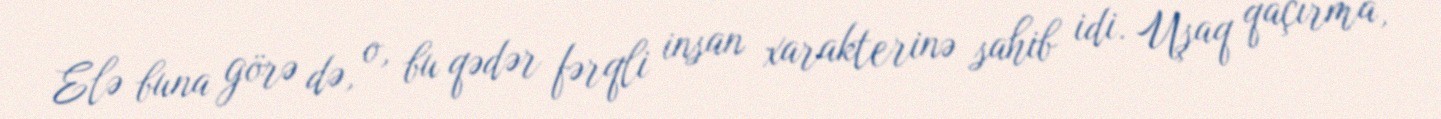
Elə buna görə də, o, bu qədər fərqli insan xarakterinə sahib idi. Uşaq qaçırma,